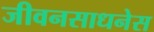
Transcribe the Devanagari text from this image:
जीवनसाधनेस